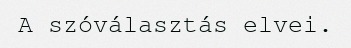
A szóválasztás elvei.